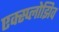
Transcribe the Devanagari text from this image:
एक्स्प्लोझिव